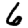
Digit: 6